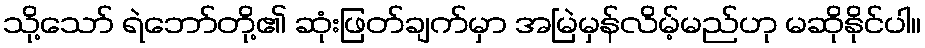
သို့သော် ရဲဘော်တို့၏ ဆုံးဖြတ်ချက်မှာ အမြဲမှန်လိမ့်မည်ဟု မဆိုနိုင်ပါ။